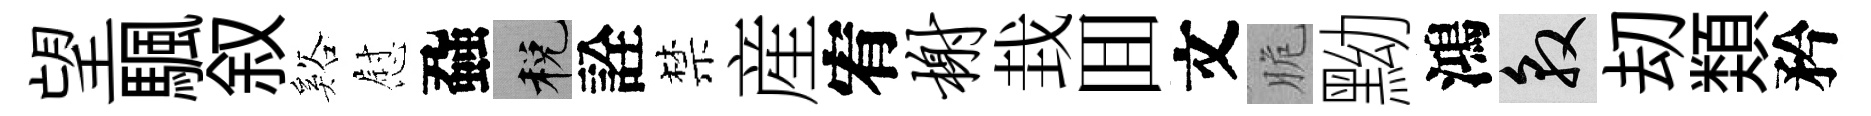
望颿叙谿慰蝨税詮禁産宥榭㘽囬文脆黝鴻敦刧𩔖矜